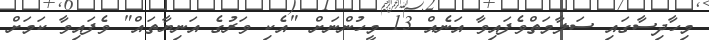
މިހާދިސާގައި ސަލާމަތްވެފައިވާ އަނެއް 13 މީހުންނަށް "އެކި ވަރުގެ އަނިޔާތައް" ވެފައިވާ ކަމަށް